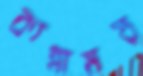
কান্নাময়